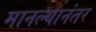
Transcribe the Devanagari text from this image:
मानल्यानंतर